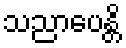
သညာပေန္တိ